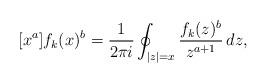
LaTeX: \begin{align*}[x^{a}] f_k(x)^b=\frac{1}{2\pi i}\oint_{|z|=x}\frac{f_k(z)^b}{z^{a+1}}\,dz,\end{align*}